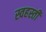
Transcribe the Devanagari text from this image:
स्वहस्ती